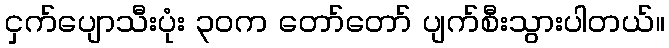
ငှက်ပျောသီးပုံး ၃၀က တော်တော် ပျက်စီးသွားပါတယ်။